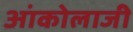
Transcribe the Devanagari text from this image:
आंकोलाजी